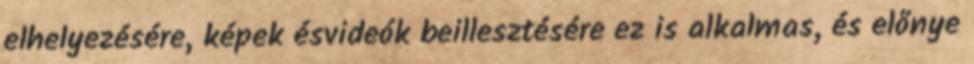
elhelyezésére, képek ésvideók beillesztésére ez is alkalmas, és előnye